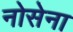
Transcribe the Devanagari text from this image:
नोसेना